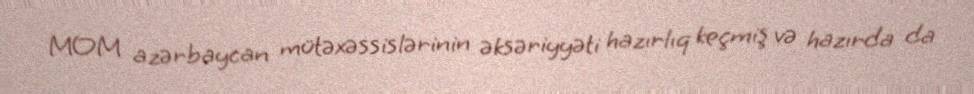
MOM azərbaycan mütəxəssislərinin əksəriyyəti hazırlıq keçmiş və hazırda da